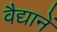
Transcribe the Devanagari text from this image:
वैद्यानें